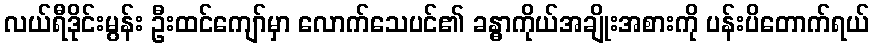
လယ်ရီဒိုင်းမွန်း ဦးထင်ကျော်မှာ လောက်သေပင်၏ ခန္ဓာကိုယ်အချိုးအစားကို ပန်းပိတောက်ရယ်